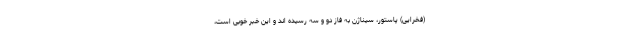
(فخرایی) پاستور، سیناژن به فاز دو و سه رسیده اند و این خبر خوبی است،